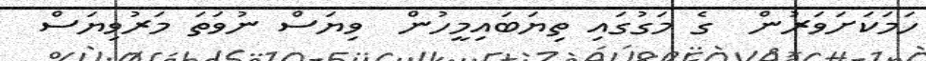
ހަމަކަށަވަރުން  ގެ މަގުގައި ތިޔަބައިމީހުން  ވިޔަސް ނުވަތަ މަރުވިޔަސް